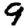
Digit: 9